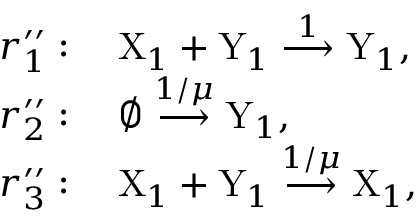
\begin{array} { r l } & { r _ { 1 } ^ { \prime \prime } : \quad \mathrm { X } _ { 1 } + \mathrm { Y } _ { 1 } \stackrel { 1 } { \longrightarrow } \mathrm { Y } _ { 1 } , } \\ & { r _ { 2 } ^ { \prime \prime } : \quad \varnothing \stackrel { 1 / \mu } { \longrightarrow } \mathrm { Y } _ { 1 } , } \\ & { r _ { 3 } ^ { \prime \prime } : \quad \mathrm { X } _ { 1 } + \mathrm { Y } _ { 1 } \stackrel { 1 / \mu } { \longrightarrow } \mathrm { X } _ { 1 } , } \end{array}